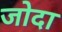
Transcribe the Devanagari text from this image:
जोदा